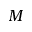
M